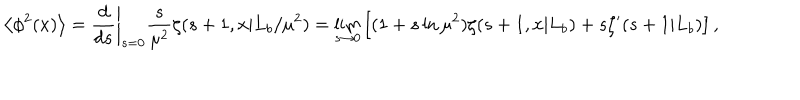
\left< \phi ^ { 2 } ( x ) \right> = \left. { \frac { d } { d s } } \right| _ { s = 0 } { \frac { s } { \mu ^ { 2 } } } \zeta ( s + 1 , x | L _ { b } / \mu ^ { 2 } ) = \lim _ { s \rightarrow 0 } \left[ ( 1 + s \ln \mu ^ { 2 } ) \zeta ( s + 1 , x | L _ { b } ) + s \zeta ^ { \prime } ( s + 1 | L _ { b } ) \right] ,